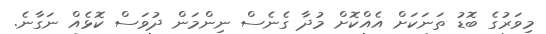
މިވަރުގެ ބޮޑު ތަނަކަށް އެއްކޮށް މުދާ ގެނެސް ނިންމަން ދުވަސް ކޮޅެއް ނަގާނެ.